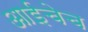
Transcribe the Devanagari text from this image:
आईचेच